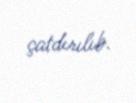
çatdırılıb.